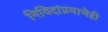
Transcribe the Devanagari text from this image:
निविदांप्रमाणेही